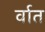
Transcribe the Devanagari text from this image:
र्वात